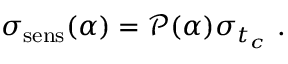
\sigma _ { \mathrm { s e n s } } ( \alpha ) = \mathscr { P } ( \alpha ) \sigma _ { t _ { c } } ~ .